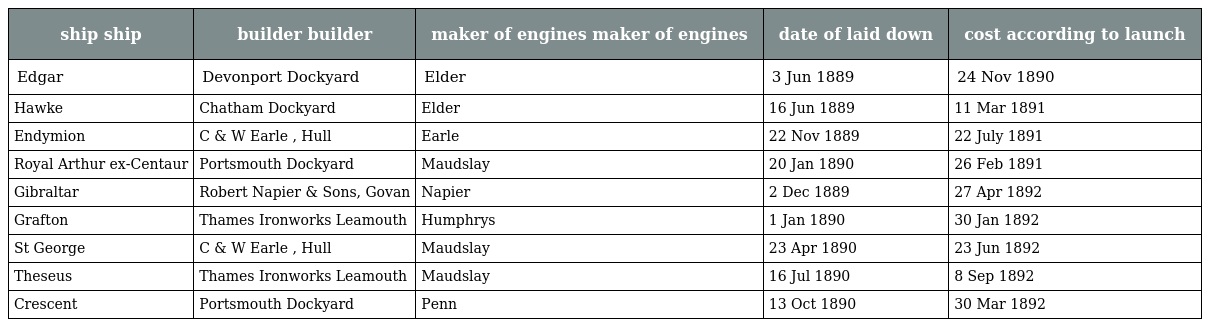
| ship ship | builder builder | maker of engines maker of engines | date of laid down | cost according to launch |
 | --- | --- | --- | --- | --- |
 | Edgar | Devonport Dockyard | Elder | 3 Jun 1889 | 24 Nov 1890 |
 | Hawke | Chatham Dockyard | Elder | 16 Jun 1889 | 11 Mar 1891 |
 | Endymion | C & W Earle , Hull | Earle | 22 Nov 1889 | 22 July 1891 |
 | Royal Arthur ex-Centaur | Portsmouth Dockyard | Maudslay | 20 Jan 1890 | 26 Feb 1891 |
 | Gibraltar | Robert Napier & Sons, Govan | Napier | 2 Dec 1889 | 27 Apr 1892 |
 | Grafton | Thames Ironworks Leamouth | Humphrys | 1 Jan 1890 | 30 Jan 1892 |
 | St George | C & W Earle , Hull | Maudslay | 23 Apr 1890 | 23 Jun 1892 |
 | Theseus | Thames Ironworks Leamouth | Maudslay | 16 Jul 1890 | 8 Sep 1892 |
 | Crescent | Portsmouth Dockyard | Penn | 13 Oct 1890 | 30 Mar 1892 |